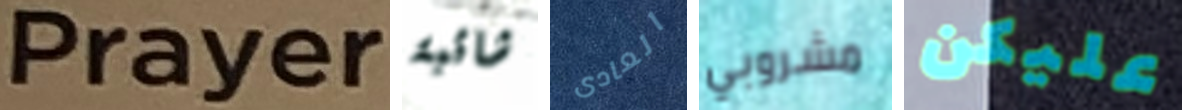
Prayers شائبة العادى مشروبي عليكن